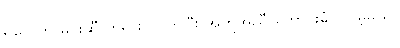
ရဲတွေက မင်းဆီ တရားဝင်လာပြီး အကူအညီ တောင်းခံပါလိမ့်မယ်။